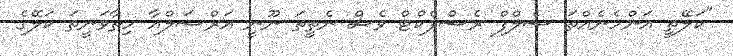
"ކަލޭތީ އަންހެނެއްތަ ސެލްފް ރެސްޕެކްޓް ވެސް ނެތީތަ ނޫނީ އަރްސަލްއާ ހިތާވަނީތަ ކަލޭގެ